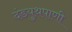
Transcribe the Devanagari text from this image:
दंडयुथपाणी